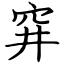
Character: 穽